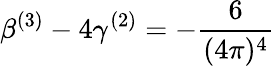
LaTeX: \beta^{(3)}-4\gamma^{(2)}=-\frac{6}{(4\pi)^{4}}